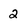
Character: 2